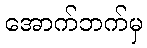
အောက်ဘက်မှ